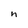
Character: n